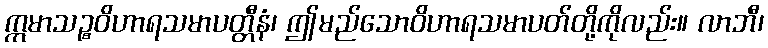
ဣမာသဉ္စဝိဟာရသမာပတ္တီနံ၊ ဤမည်သောဝိဟာရသမာပတ်တို့ကိုလည်း။ လာဘီ၊